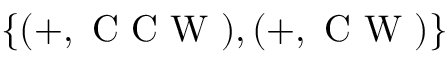
\{ ( + , \mathrm { ~ C ~ C ~ W ~ } ) , ( + , \mathrm { ~ C ~ W ~ } ) \}